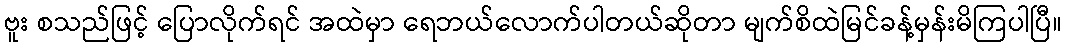
ဗူး စသည်ဖြင့် ပြောလိုက်ရင် အထဲမှာ ရေဘယ်လောက်ပါတယ်ဆိုတာ မျက်စိထဲမြင်ခန့်မှန်းမိကြပါပြီ။